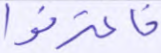
فاعترفوا